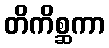
တိကိစ္ဆကာ